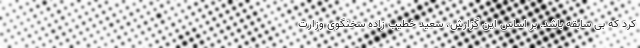
کرد که بی سابقه باشد. بر اساس این گزارش، سعید خطیب زاده سخنگوی وزارت